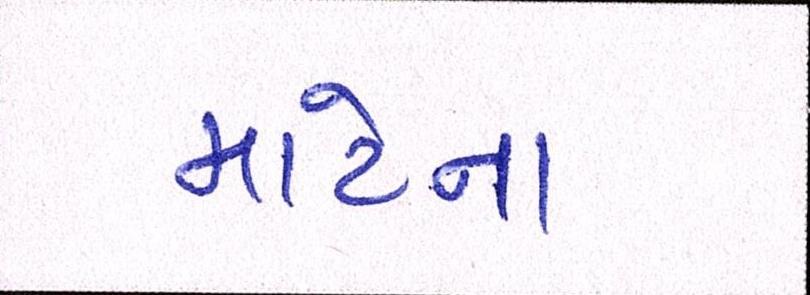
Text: માટેના